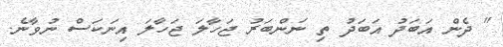
" ދެން އަބަދު އަބަދު ތި ނަންބަރު ޖަހާލަ ޖަހާލަ އިނަކަސް ނުވާނެ.